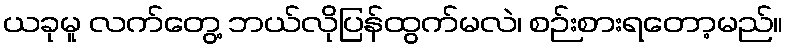
ယခုမူ လက်တွေ့ ဘယ်လိုပြန်ထွက်မလဲ၊ စဉ်းစားရတော့မည်။